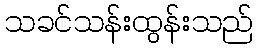
သခင်သန်းထွန်းသည်